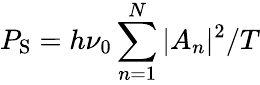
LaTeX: P_{\mathrm{S}}=h\nu_{0}\sum_{n=1}^{N}|A_{n}|^{2}/T